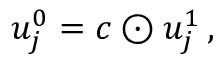
u _ { j } ^ { 0 } = c \odot u _ { j } ^ { 1 } \, ,